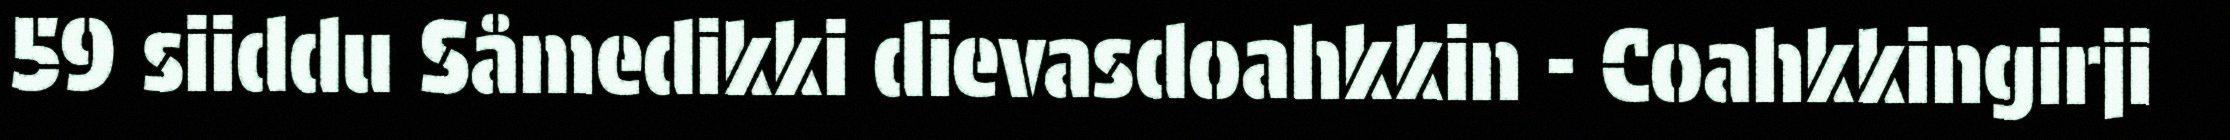
59 siiddu Såmedikki dievasdoahkkin - Coahkkingirji